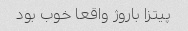
پیتزا باروژ واقعا خوب بود